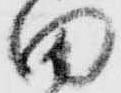
田